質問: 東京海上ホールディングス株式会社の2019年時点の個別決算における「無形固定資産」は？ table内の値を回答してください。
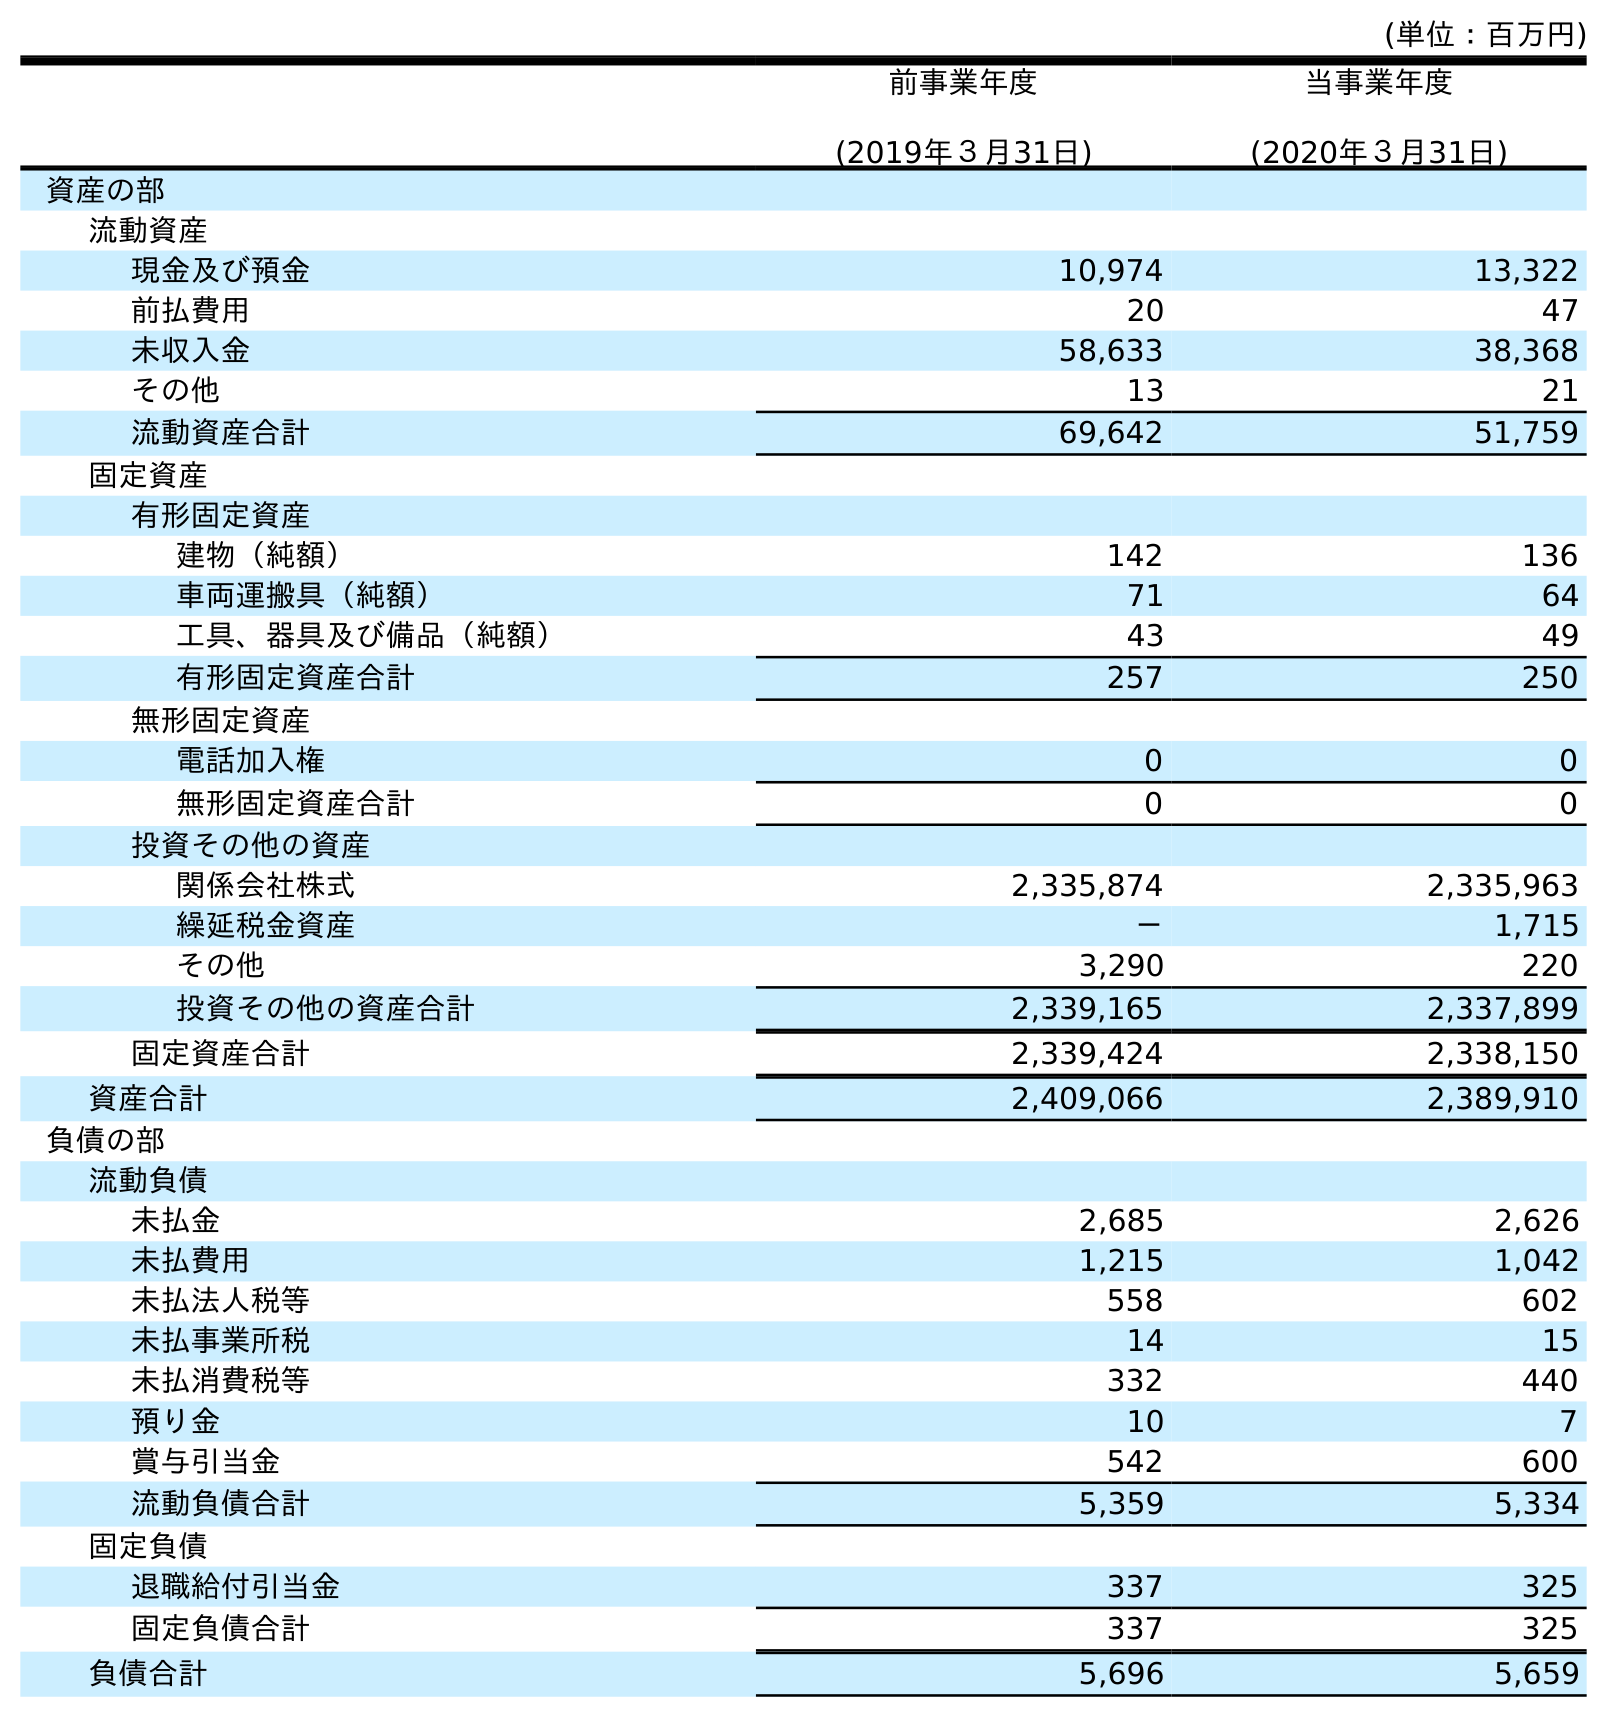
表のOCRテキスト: (単位：百万円) 前事業年度 (2019年３月31日) 当事業年度 (2020年３月31日) 資産の部 流動資産 現金及び預金 10,974 13,322 前払費用 20 47 未収入金 58,633 38,368 その他 13 21 流動資産合計 69,642 51,759 固定資産 有形固定資産 建物（純額） 142 136 車両運搬具（純額） 71 64 工具、器具及び備品（純額） 43 49 有形固定資産合計 257 250 無形固定資産 電話加入権 0 0 無形固定資産合計 0 0 投資その他の資産 関係会社株式 2,335,874 2,335,963 繰延税金資産 － 1,715 その他 3,290 220 投資その他の資産合計 2,339,165 2,337,899 固定資産合計 2,339,424 2,338,150 資産合計 2,409,066 2,389,910 負債の部 流動負債 未払金 2,685 2,626 未払費用 1,215 1,042 未払法人税等 558 602 未払事業所税 14 15 未払消費税等 332 440 預り金 10 7 賞与引当金 542 600 流動負債合計 5,359 5,334 固定負債 退職給付引当金 337 325 固定負債合計 337 325 負債合計 5,696 5,659
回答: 0